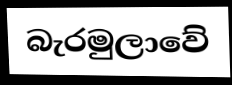
බැරමුලාවේ